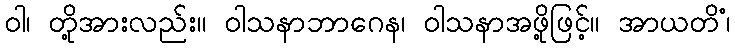
ဝါ၊ တို့အားလည်း။ ဝါသနာဘာဂေန၊ ဝါသနာအဖို့ဖြင့်။ အာယတိံ၊